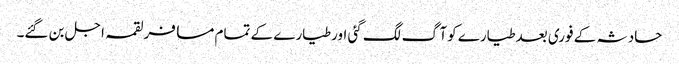
حادثہ کے فوری بعدطیارے کوآگ لگ گئی اورطیارے کے تمام مسافرلقمہ اجل بن گئے۔